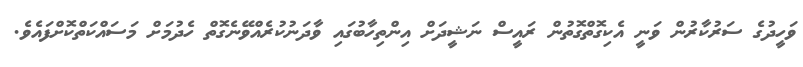
ވަހީދުގެ ސަރުކާރުން ވަނީ އެކިގޮތްގޮތުން ރައީސް ނަޝީދަށް އިންތިހާބުގައި ވާދަނުކުރެއްވޭނެގޮތް ހެދުމަށް މަސައްކަތްކޮށްފައެވެ.